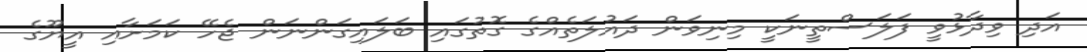
އަދި ވިދާޅުވީ ފަލަސްތީނަކީ މިނިވަން ދައުލަތެއްގެ ގޮތުގައި ބަލައިގަންނަން ޖެހޭ ކަމަށާއި އީޔޫގެ